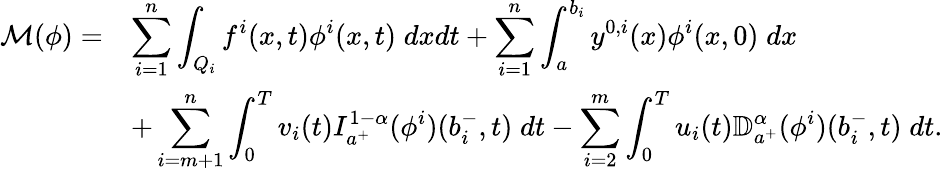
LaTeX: \begin{array}{rl}{\mathcal{M}(\phi)=}&{\displaystyle\sum_{i=1}^{n}\int_{Q_{i}}f^{i}(x,t)\phi^{i}(x,t)\; dxdt+\displaystyle\sum_{i=1}^{n}\int_{a}^{b_{i}}y^{0,i}(x)\phi^{i}(x,0)\; dx}\\ &{+\displaystyle\sum_{i=m+1}^{n}\int_{0}^{T}v_{i}(t)I_{a^{+}}^{1-\alpha}(\phi^{i})(b_{i}^{-},t)\; dt-\displaystyle\sum_{i=2}^{m}\int_{0}^{T}u_{i}(t)\mathbb{D}_{a^{+}}^{\alpha}(\phi^{i})(b_{i}^{-},t)\; dt.}\end{array}